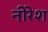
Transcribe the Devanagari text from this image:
नीरेश